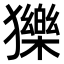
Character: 𤢴